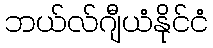
ဘယ်လ်ဂျီယံနိုင်ငံ